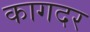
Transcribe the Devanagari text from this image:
कागदर